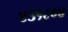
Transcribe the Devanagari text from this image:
४३१८०४